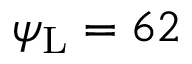
\psi _ { \mathrm { L } } = 6 2